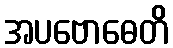
အပဗောဓေတိ